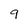
Character: 9